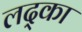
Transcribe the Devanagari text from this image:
लद्का